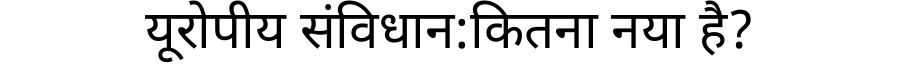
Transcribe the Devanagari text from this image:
यूरोपीय संविधान:कितना नया है?